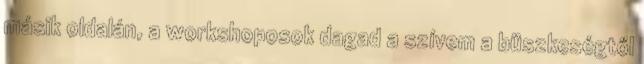
másik oldalán, a workshoposok dagad a szívem a büszkeségtől